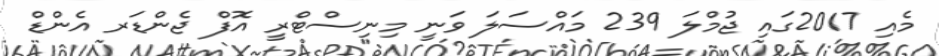
މެއި 2017ގައި ޖުމްލަ 239 މައްސަލަ ވަނީ މިނިސްޓްރީ އޮފް ޖެންޑަރ އެންޑް